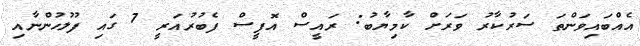
އެއްބައިވަންތަ ސަރުކާރު ވަރަށް ކާމިޔާބު: ރައީސް އޮފީސް ފެބުރުއަރީ 7 ގައި ފުލުހުންނާއި